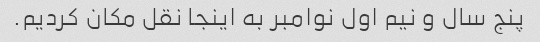
پنج سال و نیم اول نوامبر به اینجا نقل مکان کردیم.